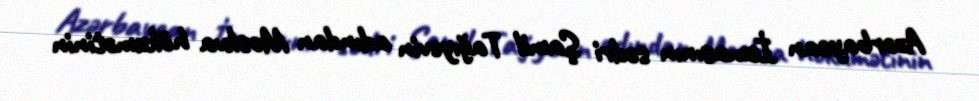
Azərbaycan İcmasının sədri Şamil Tağıyevin adından Moskva hökumətinin